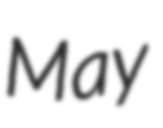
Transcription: May